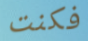
فكنت